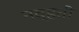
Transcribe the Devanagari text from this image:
नव्‍हती